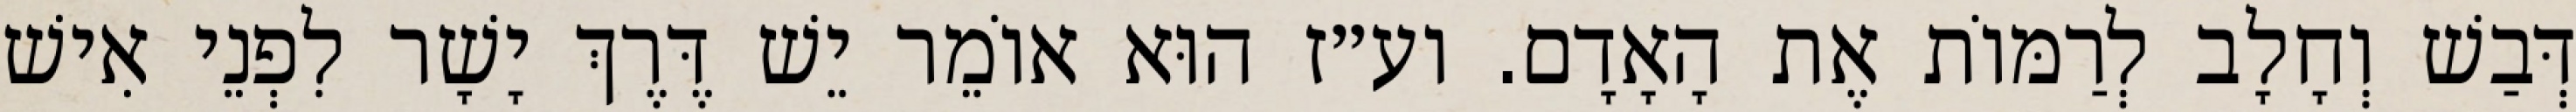
דְּבַשׁ וְחָלָב לְרַמּוֹת אֶת הָאָדָם. וע״ז הוּא אוֹמֵר יֵשׁ דֶּרֶךְ יָשָׁר לִפְנֵי אִישׁ